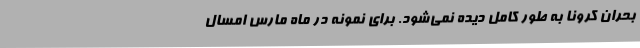
بحران کرونا به طور کامل دیده نمی‌شود. برای نمونه در ماه مارس امسال